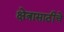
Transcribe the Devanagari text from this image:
क्षेत्रासाठीचे